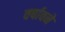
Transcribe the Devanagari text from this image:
वर्षावने